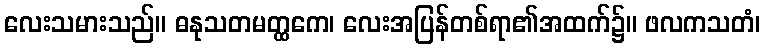
လေးသမားသည်။ ဓနုသတမတ္ထကေ၊ လေးအပြန်တစ်ရာ၏အထက်၌။ ဖလကသတံ၊